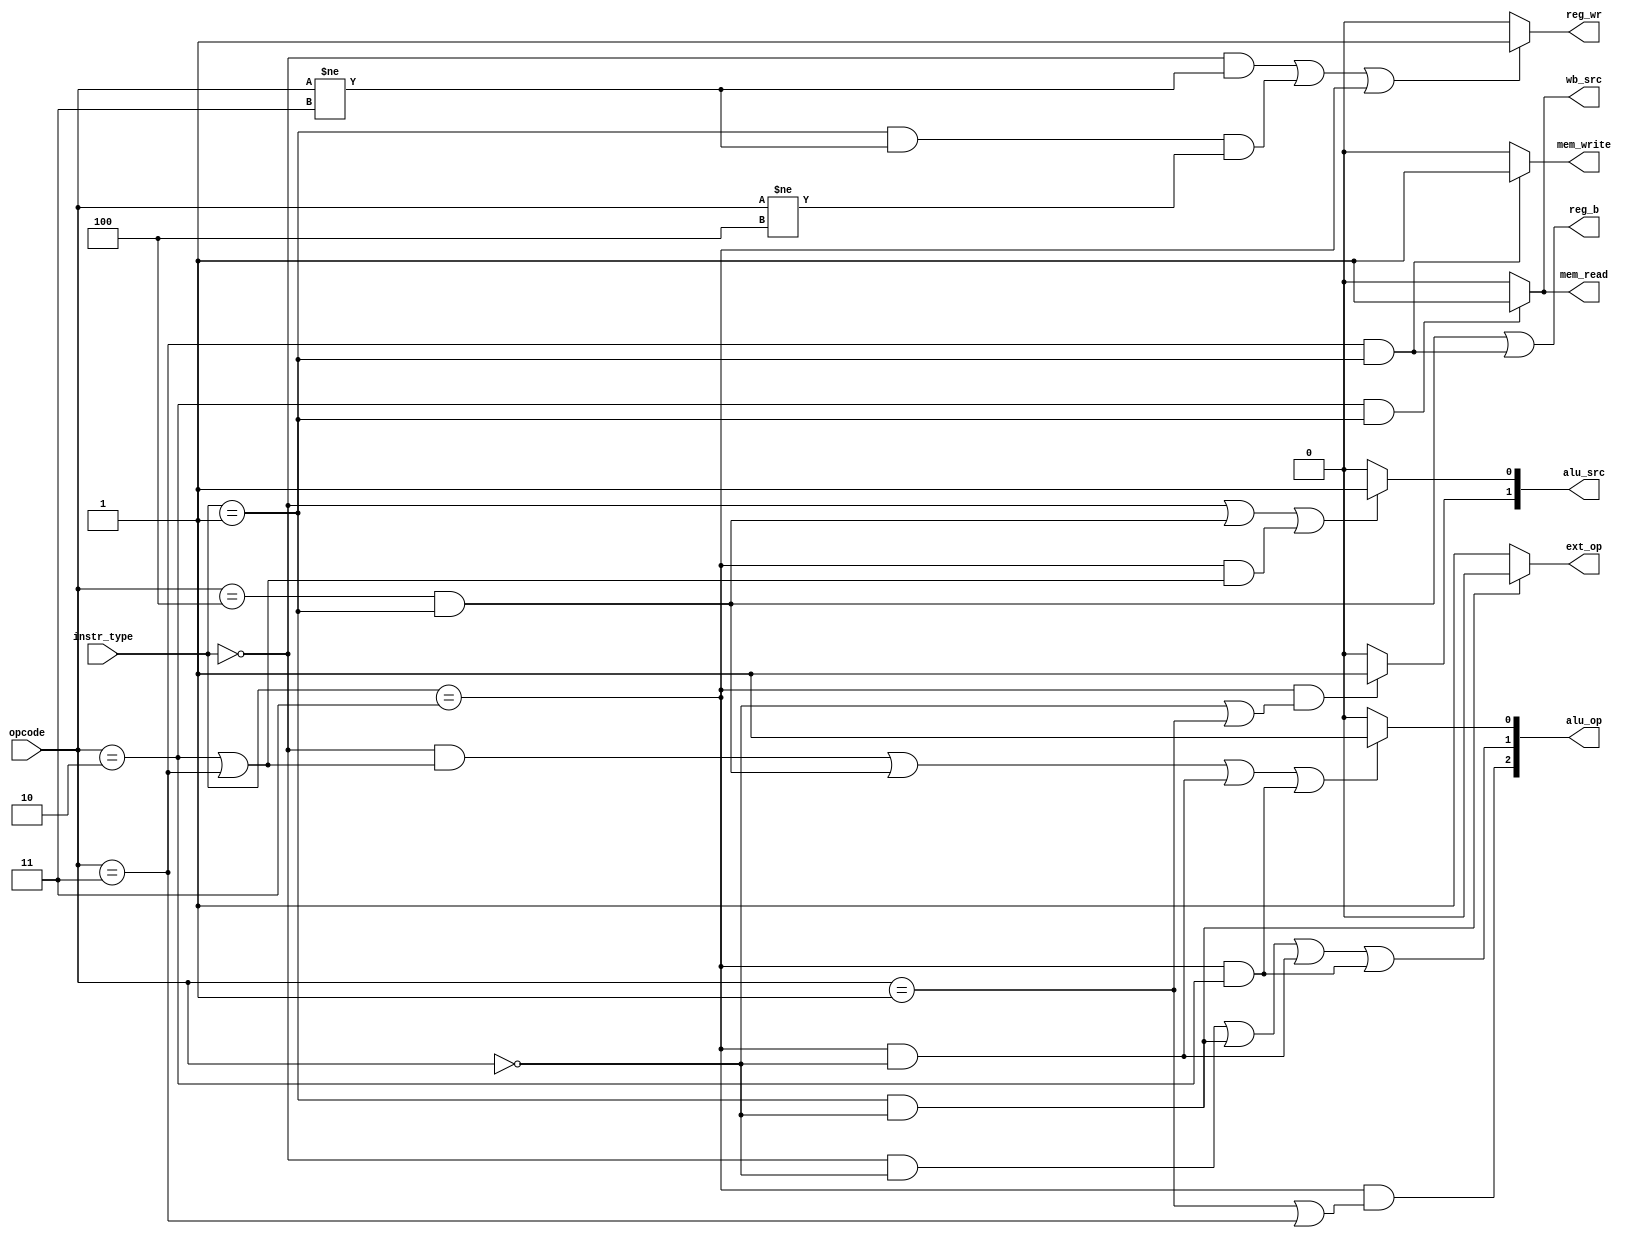
module control_unit(input [1:0] instr_type, input [4:0] opcode,
    output reg reg_b,
    output reg reg_wr,
    output reg ext_op,
    output reg [1:0] alu_src,
    output reg [2:0] alu_op,
    output reg mem_read,
    output reg mem_write,
    output reg wb_src
);

    reg s4,s3,s2,s1,s0;
    always @(*)begin
        reg_b = (opcode == 5'b00100 && instr_type == 2'b01) || (opcode == 5'b00011 && instr_type == 2'b01); // either BEQ && I-type or SW && I-Type
        reg_wr = (instr_type == 2'b00 && opcode != 5'b00011) || (instr_type == 2'b01 && opcode != 5'b00011 && opcode != 5'b00100) || (instr_type == 2'b11) ? 1'b1 : 1'b0;
        ext_op = ~(instr_type == 2'b01 && opcode == 5'b00000) ? 1'b1 : 1'b0; // ADDI && I-type
        s1 = (instr_type == 2'b11 && (opcode == 5'b00000 || opcode == 5'b00001))? 1'b1 : 1'b0;
        s0 = (instr_type == 2'b00 || (instr_type == 2'b01 && opcode == 5'b00100) || (instr_type == 2'b11 && (opcode == 5'b00010 || opcode == 5'b00011))) ? 1'b1 : 1'b0;
        alu_src = {s1,s0}; // ALU source 
		
        s4 = (instr_type == 2'b11 && (opcode == 5'b00001 || opcode == 5'b00011));
        s3 = ((instr_type == 2'b00 && opcode == 5'b00000) || (instr_type == 2'b01 && opcode == 5'b00000) || (instr_type == 2'b11 && opcode == 5'b00000) || (instr_type == 2'b11 && opcode == 5'b00010));
        s2 = ((instr_type == 2'b00 && (opcode == 5'b00010 || opcode == 5'b00011)) || (instr_type == 2'b01 && opcode == 5'b00100) || (instr_type == 2'b11 && opcode == 5'b00000) || (instr_type == 2'b11 && opcode == 5'b00010)) ? 1'b1 : 1'b0;
        alu_op = {s4,s3,s2}; // ALU operation
		
        mem_read = (opcode == 5'b00010 && instr_type == 2'b01) ? 1'b1 : 1'b0; // LW && I-type
        mem_write = (opcode == 5'b00011 && instr_type == 2'b01) ? 1'b1 : 1'b0; // SW && I-type
        wb_src = (opcode == 5'b00010 && instr_type == 2'b01) ? 1'b1 : 1'b0; // LW && I-type
        // set alu_op
		/*
		if(instr_type == 2'b00) begin
            case(opcode)
                5'b00000: alu_op = 3'b010; // AND
                5'b00001: alu_op = 3'b000; // ADD
                5'b00010: alu_op = 3'b001; // SUB
                5'b00011: alu_op = 3'b001; // SUB (CMP)
				default: alu_op = 3'b000;
            endcase
        end
        else if(instr_type == 2'b01) begin
            case(opcode)
                5'b00000: alu_op = 3'b010; // ANDI
                5'b00001: alu_op = 3'b000; // ADDI
                5'b00010: alu_op = 3'b000; // ADD (LW)
                5'b00011: alu_op = 3'b000; // ADD (SW)
                5'b00100: alu_op = 3'b001; // BEQ
				default: alu_op = 3'b000;
            endcase
        end
        else if(instr_type == 2'b11) begin
            case(opcode)
                5'b00000: alu_op = 3'b011; // Logical Shift Left
                5'b00001: alu_op = 3'b100; // logical Shift Right
                5'b00010: alu_op = 3'b011; // logical Shift Left
                5'b00011: alu_op = 3'b100; // logical Shift Right
				default: alu_op = 3'b000;
            endcase
        end	
		*/
        /*
        or 
        reg_wr = (instr_type != 2'b10) || ~(instr_type == 2'b01 && opcode == 5'b00011) || ~(instr_type == 2'b01 && opcode == 5'b00100) || ~(instr_type == 2'b00 && opcode == 5'b00011) ? 1'b1 : 1'b0;
        */
        
        /*if((instr_type == 2'b01 && opcode == 5'b00000) == 1'b0) begin
            ext_op = 1'b1; // NOT ADDI instruction
        end*/
    end

endmodule